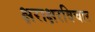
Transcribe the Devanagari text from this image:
क्षराक्षरविचार